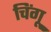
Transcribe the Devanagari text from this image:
चिंगू